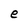
Character: e